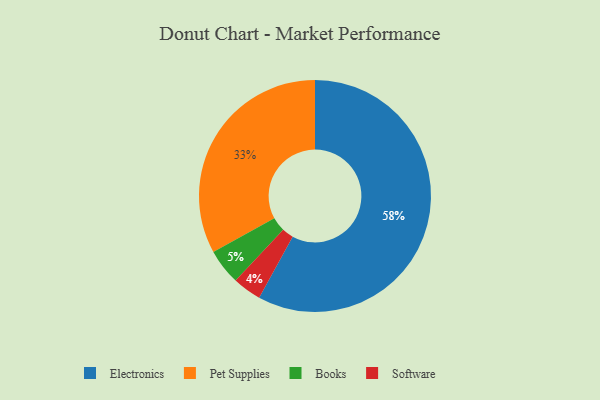
{"axis": {"x": "Category", "y": "Percentage"}, "legend": ["Books", "Electronics", "Pet Supplies", "Software"], "data": [{"x": "Software", "y": 4, "type": "Software"}, {"x": "Electronics", "y": 58, "type": "Electronics"}, {"x": "Books", "y": 5, "type": "Books"}, {"x": "Pet Supplies", "y": 33, "type": "Pet Supplies"}]}